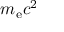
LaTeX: \, m _ { \mathrm { e } } c ^ { 2 }